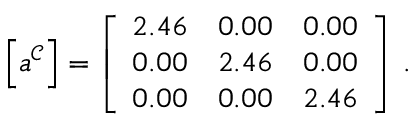
\left[ \boldsymbol { a } ^ { \mathcal { C } } \right] = \left[ \begin{array} { c c c } { 2 . 4 6 } & { 0 . 0 0 } & { 0 . 0 0 } \\ { 0 . 0 0 } & { 2 . 4 6 } & { 0 . 0 0 } \\ { 0 . 0 0 } & { 0 . 0 0 } & { 2 . 4 6 } \end{array} \right] \, .